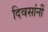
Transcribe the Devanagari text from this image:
दिवसांनीं